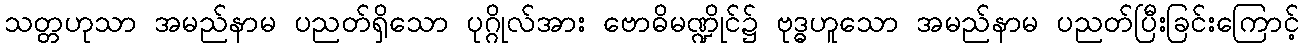
သတ္တဟုသာ အမည်နာမ ပညတ်ရှိသော ပုဂ္ဂိုလ်အား ဗောဓိမဏ္ဍိုင်၌ ဗုဒ္ဓဟူသော အမည်နာမ ပညတ်ပြီးခြင်းကြောင့်